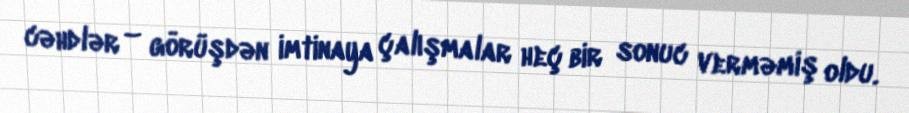
cəhdlər – görüşdən imtinaya çalışmalar heç bir sonuc verməmiş oldu.